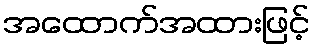
အထောက်အထားဖြင့်